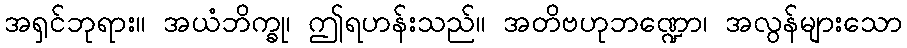
အရှင်ဘုရား။ အယံဘိက္ခု၊ ဤရဟန်းသည်။ အတိဗဟုဘဏ္ဍော၊ အလွန်များသော